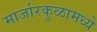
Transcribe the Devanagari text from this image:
मार्जारकुळामध्ये